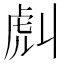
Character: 𧆢